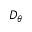
D _ { \theta }